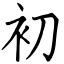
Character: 初